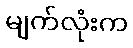
မျက်လုံးက